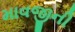
માવજીની